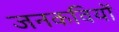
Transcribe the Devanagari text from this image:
जनकवियों